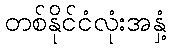
တစ်နိုင်ငံလုံးအနှံ့